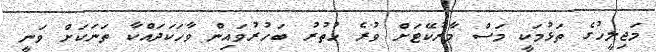
މަޖިލީހުގެ ތަޅުމަކީ މަސް މާރުކޭޓަށް ވުރެ ހުތުރު ބަހުރުވައިން ވާހަކަދައްކާ ތަނަކަށް ވަނީ